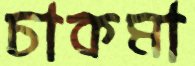
চাকমা